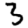
Digit: 3